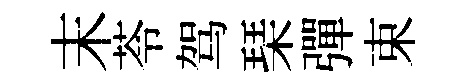
末苓驾琹彈束